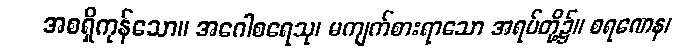
အစရှိကုန်သော။ အဂေါစရေသု၊ မကျက်စားရာသော အရပ်တို့၌။ စရဏေန၊